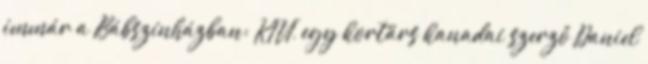
immár a Bábszínházban: KIVI, egy kortárs kanadai szerző Daniel